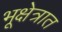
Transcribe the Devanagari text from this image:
भूक्षेत्रात